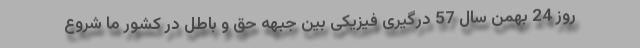
روز 24 بهمن سال 57 درگیری فیزیکی بین جبهه حق و باطل در کشور ما شروع